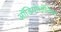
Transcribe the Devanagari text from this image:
ऑडियोलॉजिस्ट